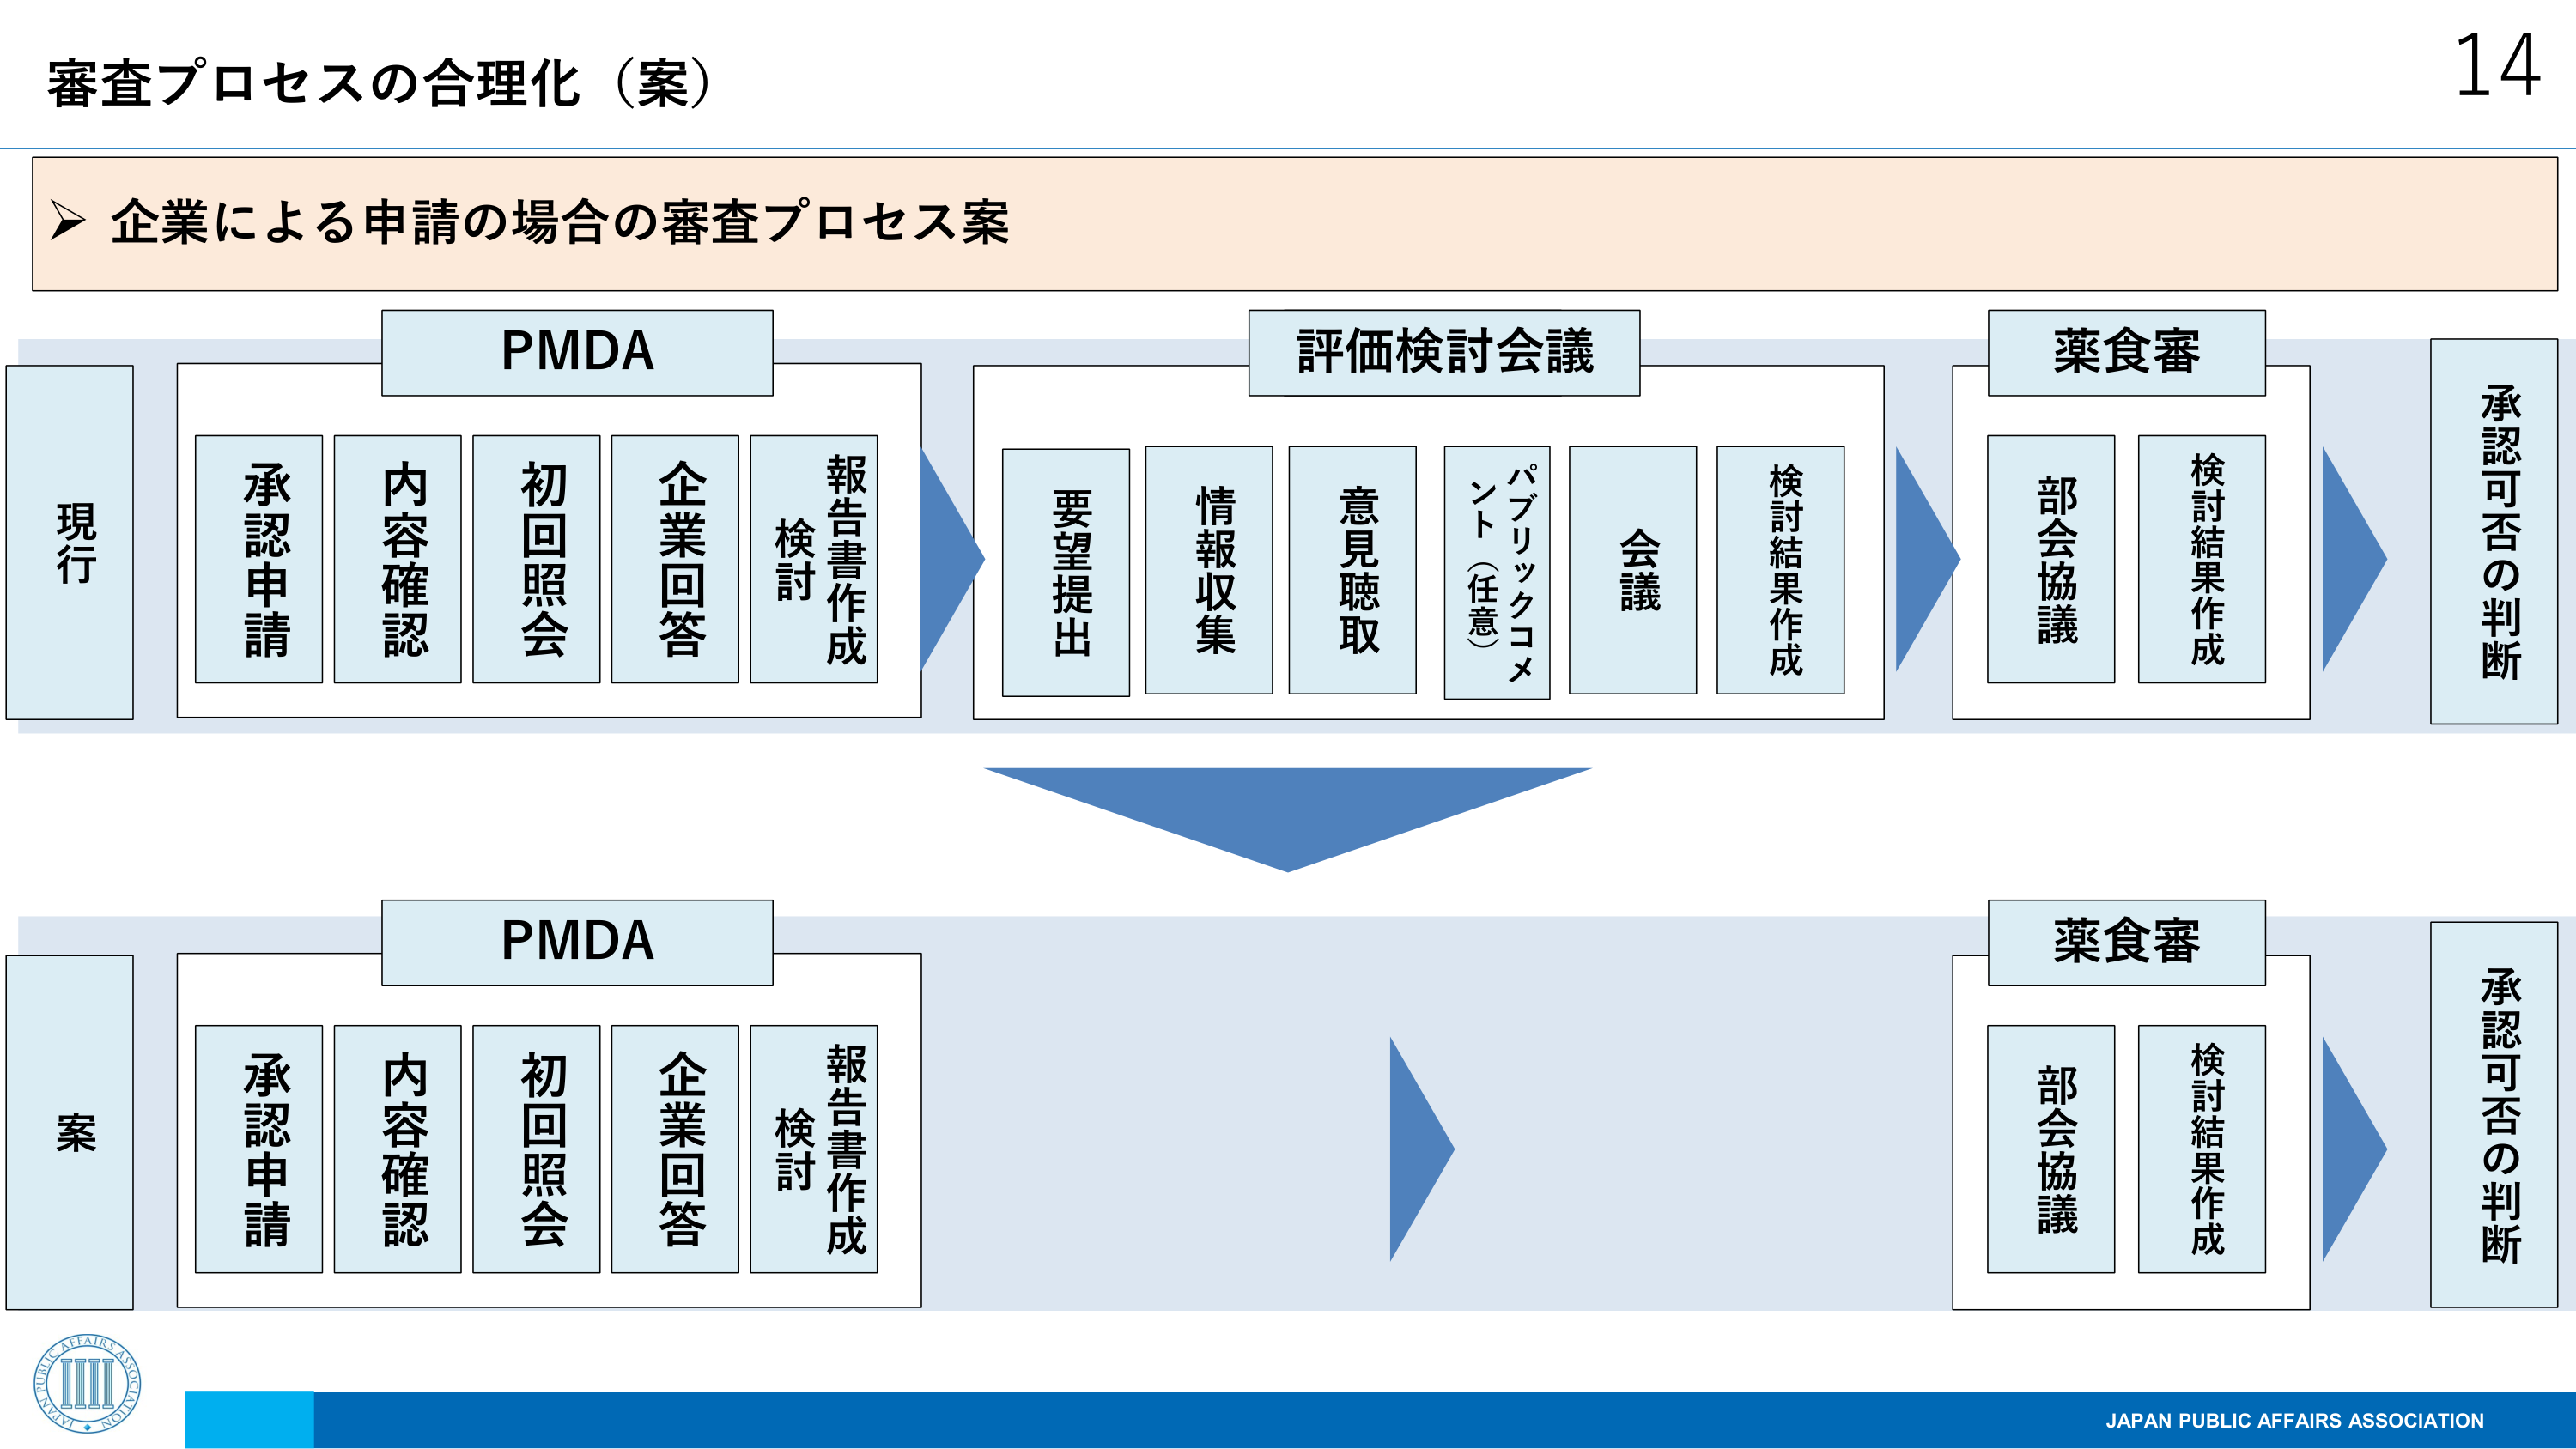
審査プロセスの合理化（案）

企業による申請の場合の審査プロセス案

現行
PMDA
承認申請
内容確認
初回照会
企業回答
報告書作成
検討
評価検討会議
要望提出
情報収集
意見聴取
パブリックコメント（任意）
会議
検討結果作成
薬食審
部会協議
検討結果作成
承認可否の判断

案
PMDA
承認申請
内容確認
初回照会
企業回答
報告書作成
検討
薬食審
部会協議
検討結果作成
承認可否の判断

14
JAPAN PUBLIC AFFAIRS ASSOCIATION